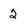
Character: 2